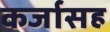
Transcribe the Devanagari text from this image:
कर्जासह